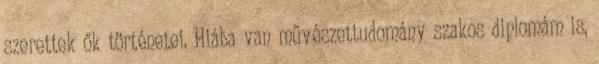
szerettek ők történetei. Hiába van művészettudomány szakos diplomám is,